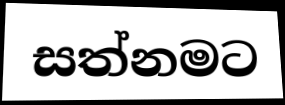
සත්නමට